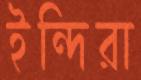
ইন্দিরা